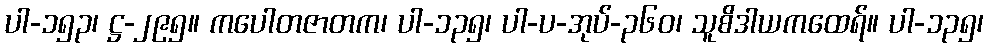
ပါ-၁၅၃၊ ဋ္ဌ-၂၉၅။ ကပေါတဇာတက၊ ပါ-၁၃၅၊ ပါ-ပ-အုပ်-၃၆၀၊ သူစိဒါယကထေရ်။ ပါ-၁၃၅၊